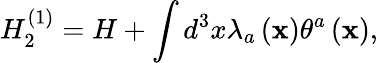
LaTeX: H_{2}^{\left(1\right)}=H+\int d^{3}x\lambda_{a}\left({\mathbf x}\right)\theta^{a}\left({\mathbf x}\right),